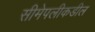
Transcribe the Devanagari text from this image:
सीमेपलीकडील